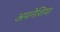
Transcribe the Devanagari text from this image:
अमनेशिया